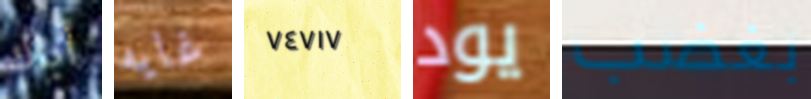
أباك غايه ٧٤٧١٧ يود بغضب